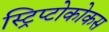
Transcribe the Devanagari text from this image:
स्ट्रिप्टोकोकस